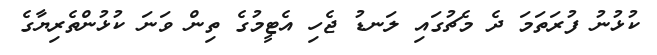
ކުޅުނު ފުރަތަމަ ދެ މެޗުގައި ލަނޑު ޖެހި އެޓީމުގެ ތިން ވަނަ ކުޅުންތެރިޔާގެ